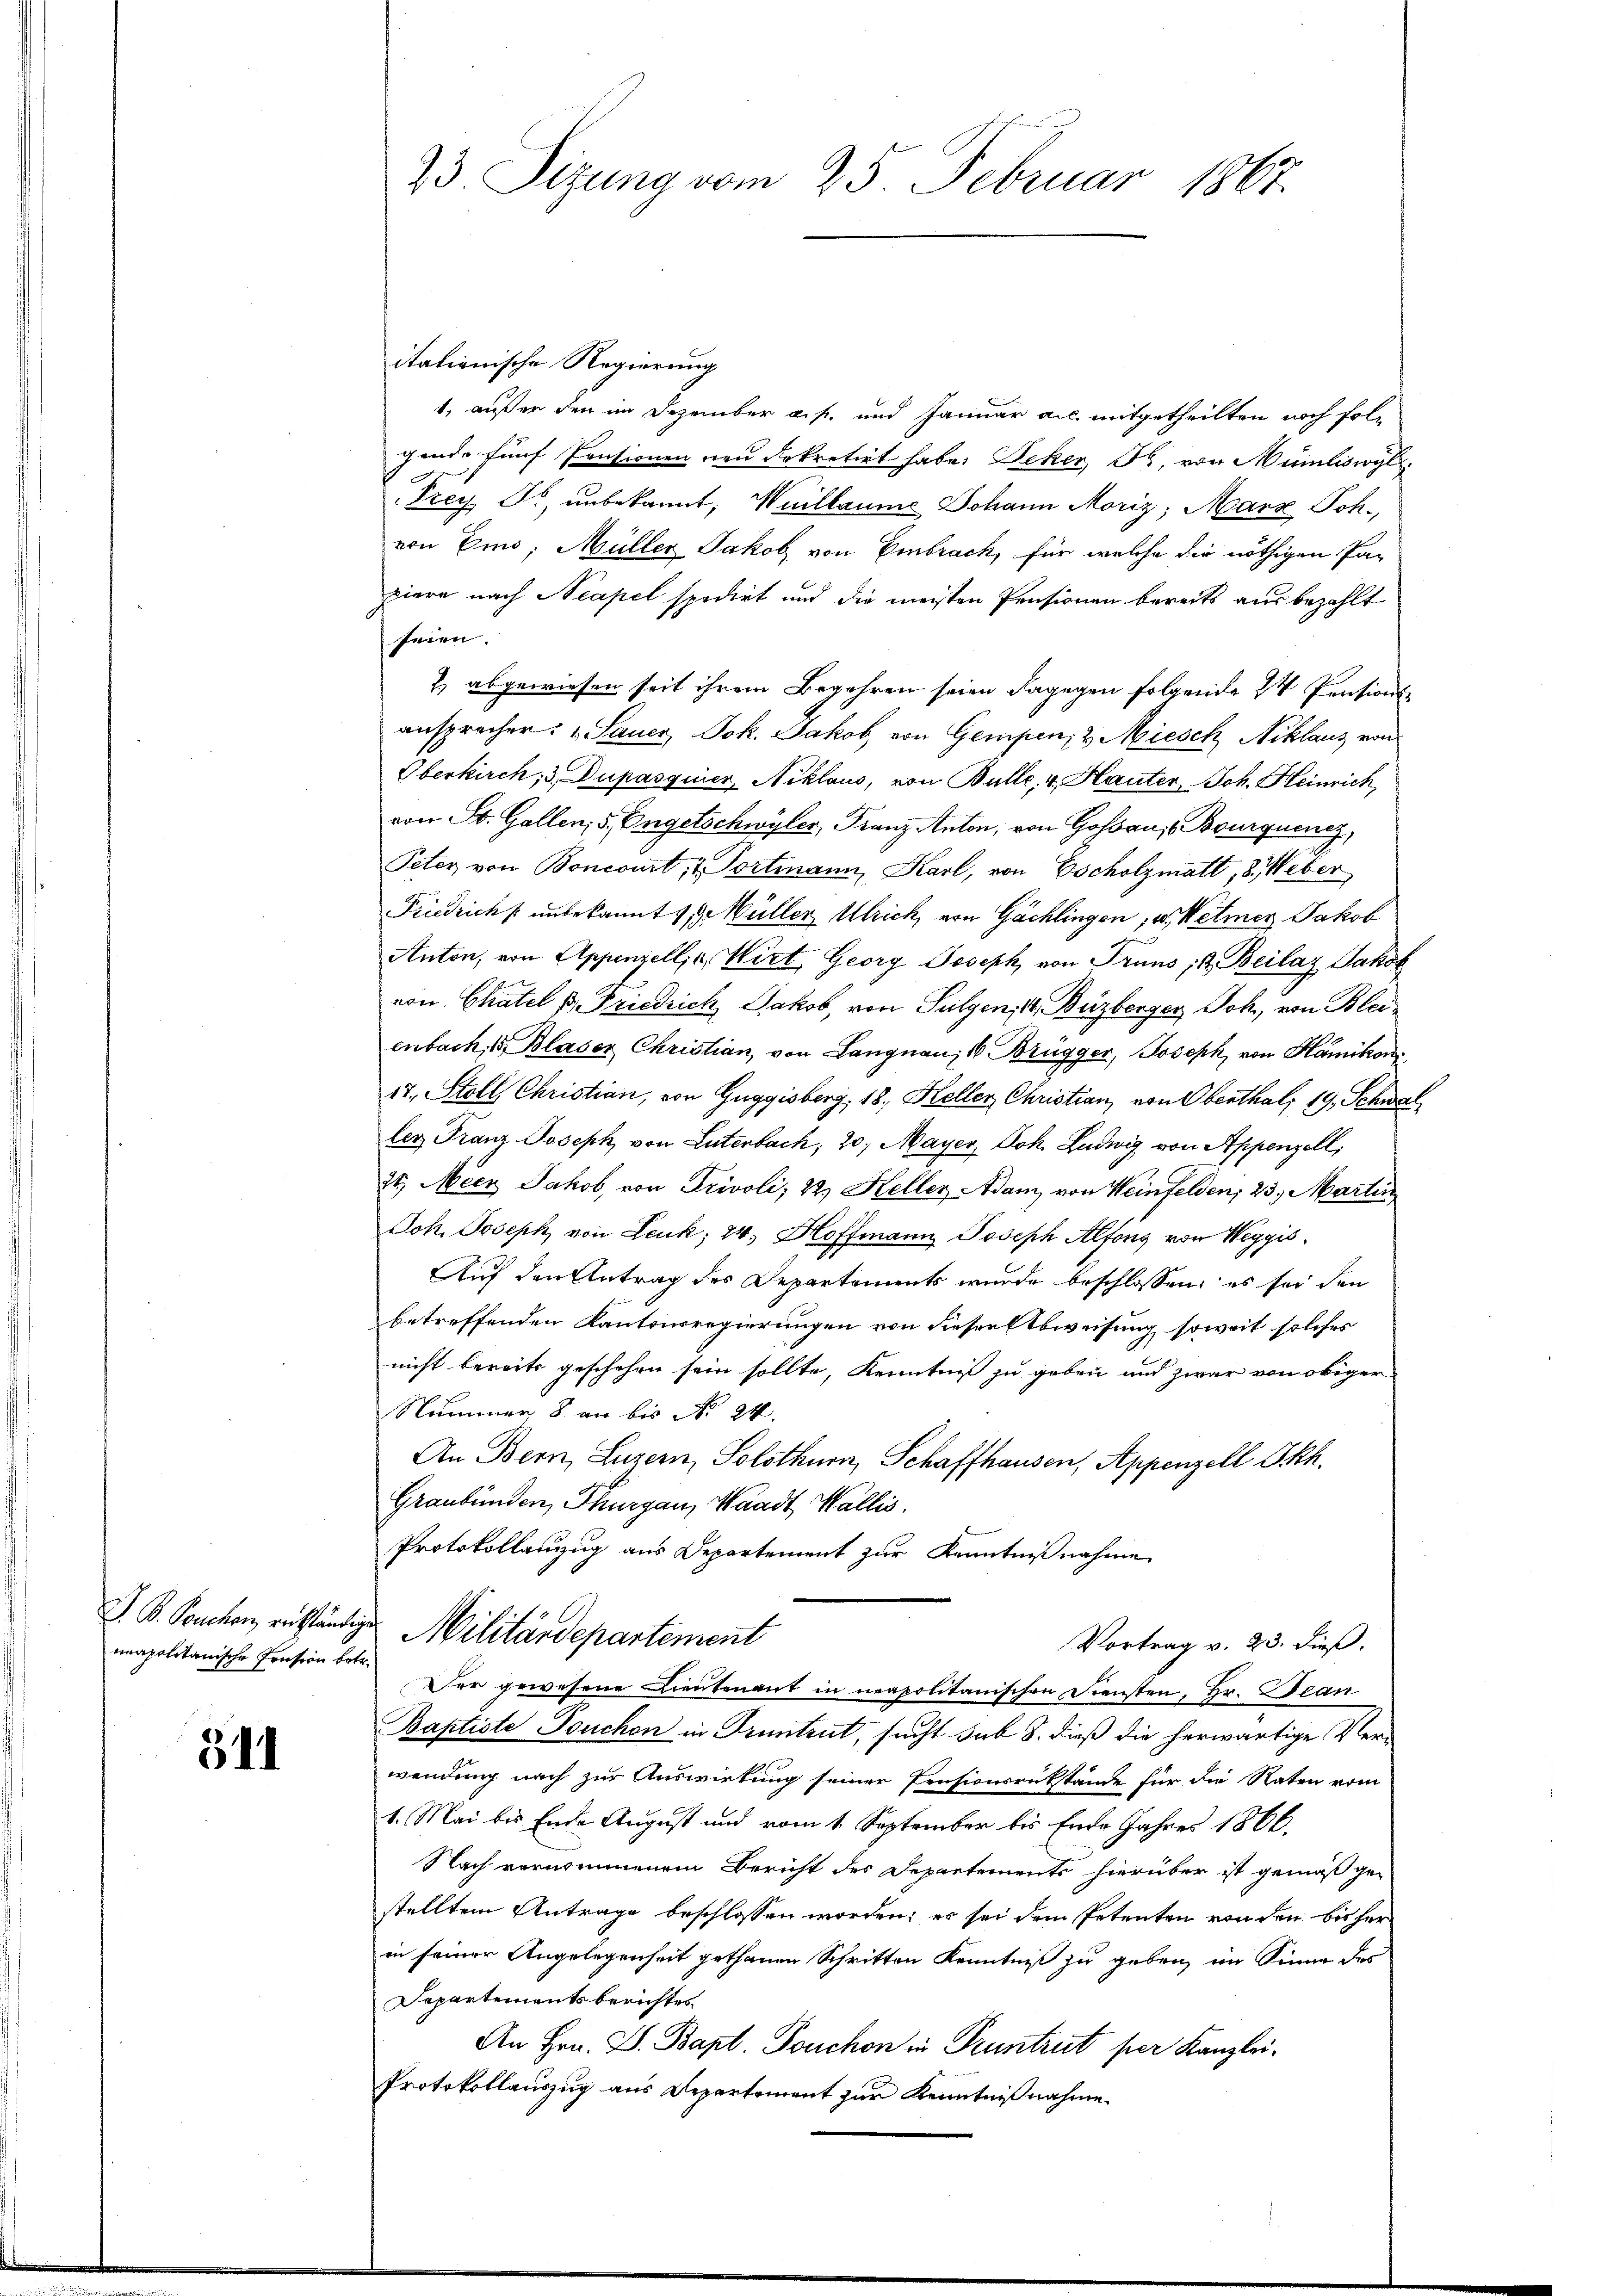
neapolitanische Pension betr.

511

23 Sizung vom 25. Februar 1867.

itationische Regierung
1, außer den im Dezember a. f. und Januar als mitgetheilten noch folgende fünf Pensionen von Sekretirt habe. Beher, Fr. von Münliswyl
Frey Fr. unbekannt; Wuillaume Johann Moriz; Marz Joh.
von Eino, Müller Jakob von Embrach, für welche die nöthigen Papiere nach Neapel spedirt und die meisten Pensionen bereits aus bezahlt
seien.
2.) abgewiesen seit ihrem Begehren seien dagegen folgende 2 Pentions-
ansprechen: „Sauer, Joh. Jakob von Gempen, & Miesch Niklanz von
Oberkirch, 3. Dupasquier, Niklaus, von Bulle, 4 Hauter, Joh. Heinrich,
von St. Gallen; 5. Engelschwyler, Franz Anton, von Hofa, Bouquenz,
Peter von Boncourt, u. Portmann, Karl, von Escholzmatt, 8. Weber
Friedrich unbekannt 1. Müller Ulrich, von Gächlingen, u. Wetmer Jakob
Anton, von Appenzellis, Wirt, Georg Joseph von Truns, d. Beilas Jakob
von Chatel u. Friedrich Jakob, von Sulgen, 14, Buzberger, Joh., von Bleienbach, 1 Blaser Christian, von Langnau, 16 Brügger, Joseph, von Hamikon
17. Stoll Christian, von Guggisberg, 18. Keller Christian, von Obenthal, 19, Schwaller Franz Joseph von Lutenbach, 20. Mayer, Joh. Ludwig von Appenzell,
21.) Mécz Jakob, von Privoli, 22. Keller - Adam von Weinfelden, 23. Martin
Joh. Joseph, von Leuk; 24. Hoffmann Joseph Alfons von Weggis¬
Auf den Antrag des Departements wurde beschlossen, es sei den
betreffenden Kantonsregierungen von dieser Abweisung soweit solches
nicht bereits geschehen sein sollte, Kenntniß zu geben und zwar von obiger
Nummer 8 an bis No 24.
An Bern, Luzern, Solothurn, Schaffhausen, Appenzell I.Rh.
Graubünden, Thurgau, Waadt, Wallis.
Protokollanzug aus Departement zur Kenntnißnahme
J. B. Teuchen, enständige Militärdepartement
Vortrag v. 23. dieß.
Der gewesene Lieutenant in neapolitanischen Diensten, Hr. Bean
Baptiste Touchen in Pruntrut, sucht sub 8. dieß die herwärtige Verwendung nach zur Auswirkung seiner Pensionsrükstände für die Raten vom
1. Mai bis Ende August und vom 1. September bis Ende Jahres 1866.
Nach vernommenem Bericht des Departements hierüber ist gemäß ge-
stellten Antrage beschlossen worden; er sei dem Petenten renden bis her
in seiner Angelegenheit gethanen Schritten Kenntniß zu geben, im Sinne des
Departements berichtes.
An Hrn. P. Bapt. Touchon in Pruntrut per Kanzlei-
Protokollauszug aus Departement zur Kenntnißnahme.